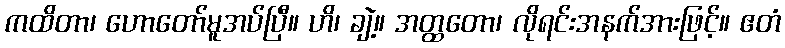
ကထိတာ၊ ဟောတော်မူအပ်ပြီ။ ဟိ၊ ချဲ့။ အတ္ထတော၊ လိုရင်းအနက်အားဖြင့်။ ဧတံ